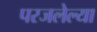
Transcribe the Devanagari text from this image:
परजलेल्या